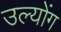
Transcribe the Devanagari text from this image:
उल्योंग